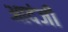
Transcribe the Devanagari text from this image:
आदंजी